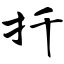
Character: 扦